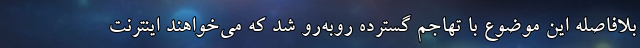
بلافاصله این موضوع با تهاجم گسترده روبه‌رو شد که می‌خواهند اینترنت